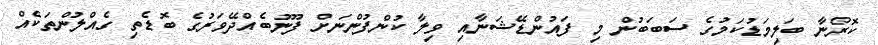
ކޮރޯނާ ބަލިމަޑުކަމުގެ ސަބަބުން މި ފައުންޑޭޝަނާއި ވިލާ ކުންފުންނަށް ފޫނުބެއްދޭވަރުގެ ބޮޑެތި ގެއްލުންތަކެއް